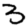
Digit: 3